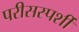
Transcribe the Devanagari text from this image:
परीसस्पर्शी